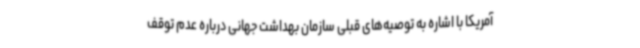
آمریکا با اشاره به توصیه‌های قبلی سازمان بهداشت جهانی درباره عدم توقف